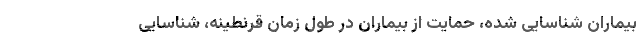
بیماران شناسایی شده، حمایت از بیماران در طول زمان قرنطینه، شناسایی